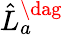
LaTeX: \hat{L}_{a}^{\dag}